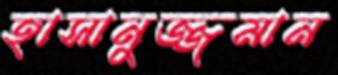
হাসানুজ্জমান